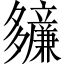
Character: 𫯙